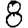
Digit: 8